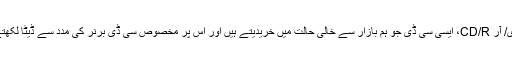
سی ڈی/ آر CD/R، ایسی سی ڈی جو ہم بازار سے خالی حالت میں خریدیتے ہیں اور اس پر مخصوص سی ڈی برنر کی مدد سے ڈیٹا لکھتے ہیں۔